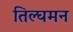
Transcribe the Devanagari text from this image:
तिल्घमन